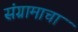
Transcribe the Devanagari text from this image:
संग्रामाचा